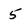
Character: 5